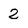
Character: 2